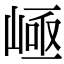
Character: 𡹪